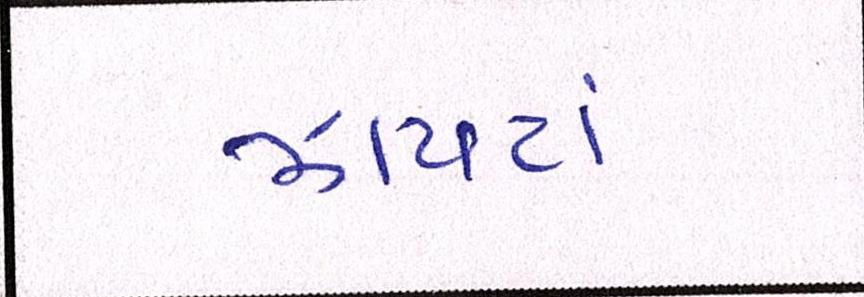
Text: ઝાપટાં